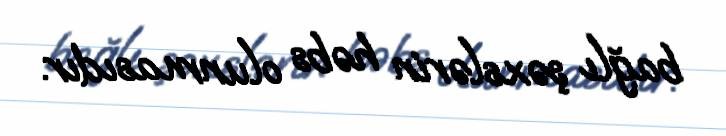
bağlı şəxslərin həbs olunmasıdır.